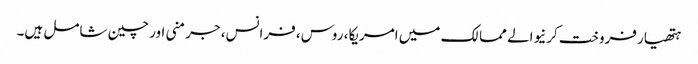
ہتھیار فروخت کرنیوالے ممالک میں امریکا، روس، فرانس، جرمنی اور چین شامل ہیں۔